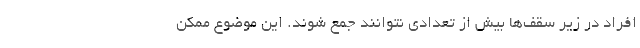
افراد در زیر سقف‌ها بیش از تعدادی نتوانند جمع شوند. این موضوع ممکن